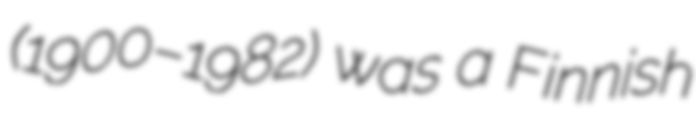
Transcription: (1900–1982) was a Finnish